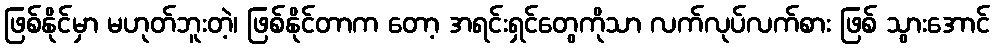
ဖြစ်နိုင်မှာ မဟုတ်ဘူးတဲ့၊ ဖြစ်နိုင်တာက တော့ အရင်းရှင်တွေကိုသာ လက်လုပ်လက်စား ဖြစ် သွားအောင်